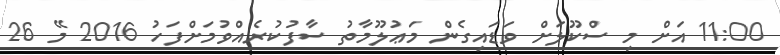
11:00 އަށް މި ސްކޫލަށް ވަޑައިގެން މަޢުލޫމާތު ސާފުކުރެއްވުމަށްފަހު 2016 މޭ 26